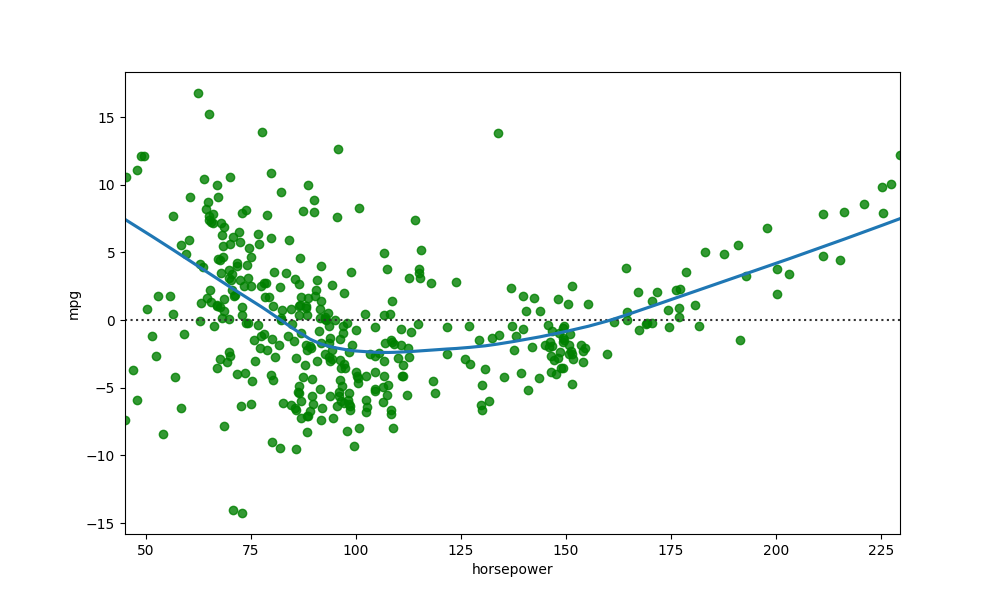
python, seaborn, residplot, lowess=True, scatter_color=green